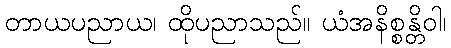
တာယပညာယ၊ ထိုပညာသည်။ ယံအနိစ္စန္တိဝါ၊